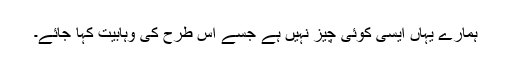
ہمارے یہاں ایسى کوئى چیز نہیں ہے جسے اس طرح کى وہابیت کہا جائے۔